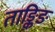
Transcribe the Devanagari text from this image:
ताङ्किङ